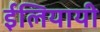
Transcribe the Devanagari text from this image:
ईलियायी